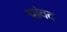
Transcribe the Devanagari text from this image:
चांवद